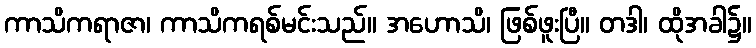
ကာသိကရာဇာ၊ ကာသိကရစ်မင်းသည်။ အဟောသိ၊ ဖြစ်ဖူးပြီ။ တဒါ၊ ထိုအခါ၌။